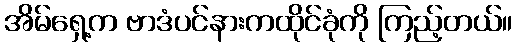
အိမ်ရှေ့က ဗာဒံပင်နားကထိုင်ခုံကို ကြည့်တယ်။